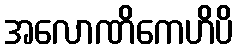
အလောဏိကေဟိပိ